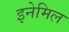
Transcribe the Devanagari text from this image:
इनेमिल